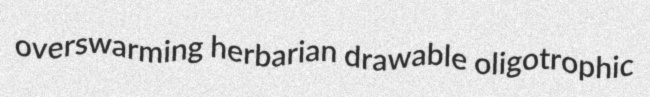
overswarming herbarian drawable oligotrophic